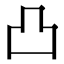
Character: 凸